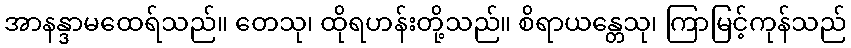
အာနန္ဒာမထေရ်သည်။ တေသု၊ ထိုရဟန်းတို့သည်။ စိရာယန္တေသု၊ ကြာမြင့်ကုန်သည်